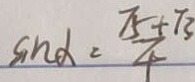
\sin \alpha = \frac { 7 5 + 7 3 } { 4 }